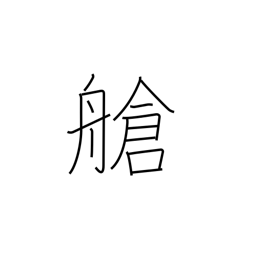
Meaning: hold (ship)